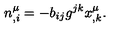
n _ { , i } ^ { \mu } = - b _ { i j } g ^ { j k } x _ { , k } ^ { \mu } .